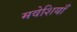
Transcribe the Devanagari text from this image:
मवेशियाँ